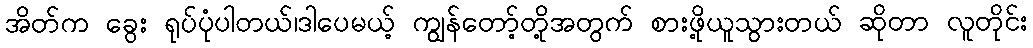
အိတ်က ခွေး ရုပ်ပုံပါတယ်၊ဒါပေမယ့် ကျွန်တော့်တို့အတွက် စားဖို့ယူသွားတယ် ဆိုတာ လူတိုင်း